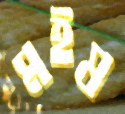
মইষ